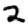
Digit: 2